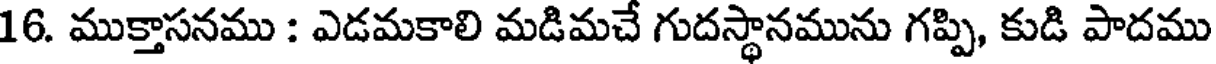
16. ముక్తాసనము : ఎడమకాలి మడిమచే గుదస్థానమును గప్పి, కుడి పాదము